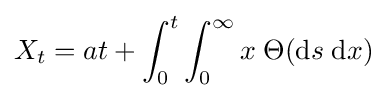
X_{t}=at+\int _{0}^{t}\int _{0}^{\infty }x\;\Theta (\mathrm {d} s\;\mathrm {d} x)